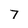
Character: 7